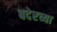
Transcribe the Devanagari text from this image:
बदेरच्या